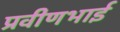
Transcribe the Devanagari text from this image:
प्रवीणभाई